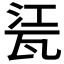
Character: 𤭊